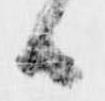
候